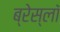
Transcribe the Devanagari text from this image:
ब्रेस्लॉ